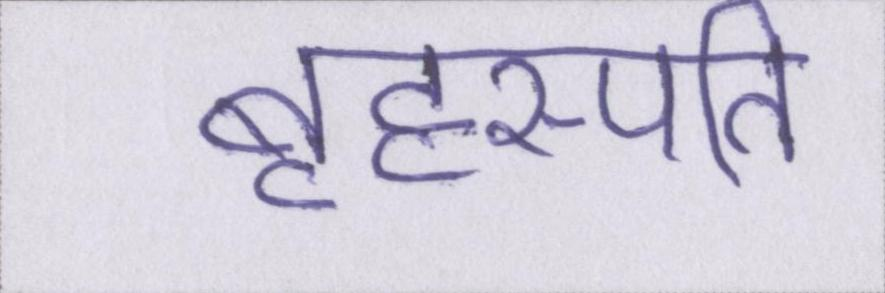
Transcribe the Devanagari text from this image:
बृहस्पति